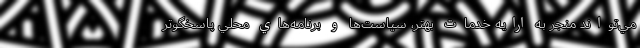
مي‌تواند منجر به ارايه خدمات بهتر، سياست‌ها و برنامه‌هاي محلي پاسخگوتر